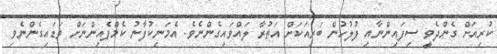
ކުރިއަށް ގެންދެވީ ސިފައިންނާއި ފުލުހުން ބަރިއަކަށް އަތުރާ ލައްވައިގެންނެވެ. އެމަނިކުފާނު ކެމްޕެއިންނަށް ވަޑައިގެންނެވި